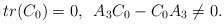
\begin{align*}tr(C_{0})=0,\,\,\, A_{3}C_{0}-C_{0}A_{3}\neq0.\end{align*}